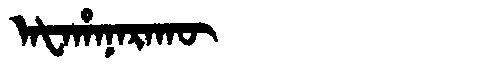
Manchu: ᠠᡶᠠᡥᠠᠨᠠᡵᠠᡴᡡ
Romanization: AFAHANARAKŪ